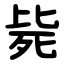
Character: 毙